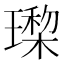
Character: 𰢎